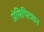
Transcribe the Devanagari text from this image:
प्रेसिपिटशन